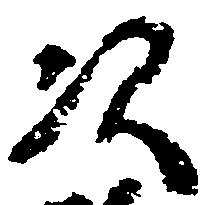
次